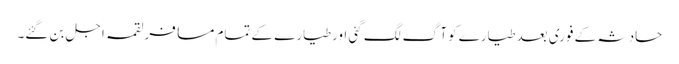
حادثہ کے فوری بعدطیارے کوآگ لگ گئی اورطیارے کے تمام مسافرلقمہ اجل بن گئے۔